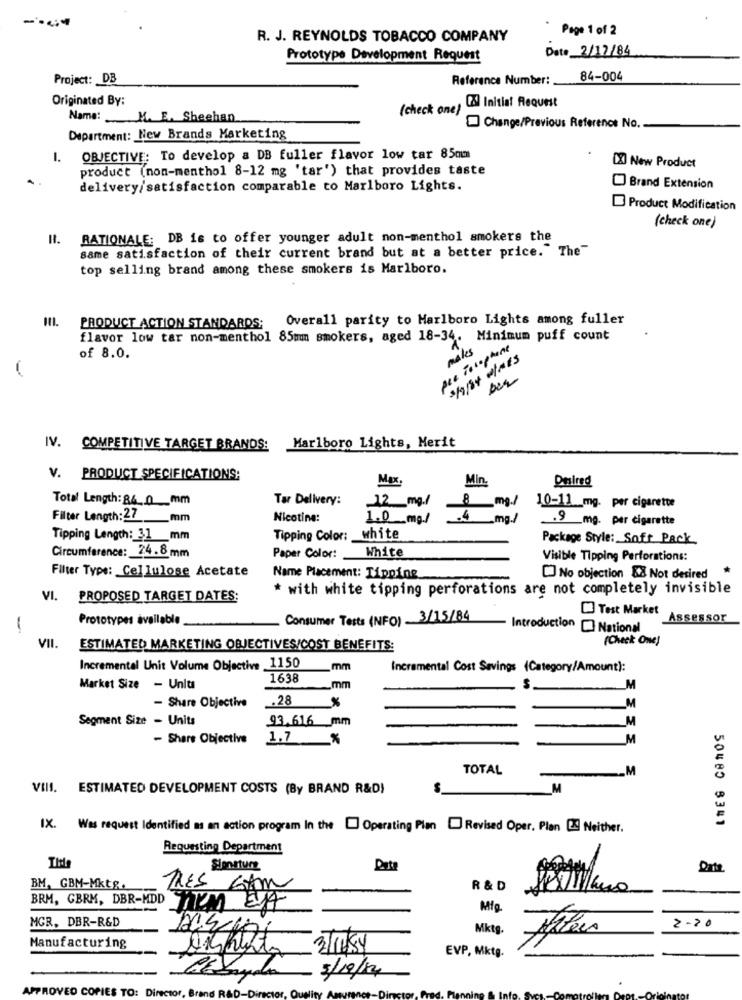
Page 1 of 2
R. J. REYNOLDS TOBACCO COMPANY
Date 2/17/84
Prototype Development Request
Project: DB
Reference Number:
84-004
Originated By:
(check one)
[ Initial Request
Name: M. E. Sheehan
Change/Previous Reference No.
Department: New Brands Marketing
I. OBJECTIVE: To develop a DB fuller flavor low tar 85cm
product (non-menthol 8-12 mg 'tar') that provides taste
[X] New Product
delivery/satisfaction comparable to Marlboro Lights.
Brand Extension
Product Modification
(check one)
RATIONALE: DB is to offer younger adult non-menthol smokers the
same satisfaction of their current brand but at a better price." The"
top selling brand among these smokers is Marlboro.
INI. PRODUCT ACTION STANDARDS; Overall parity to Marlboro Lights among fuller
flavor low tar non-menthol 85mm smokers, aged 18-34. Minimum puff count
pea Pocophone
makes
of 8.0.
IV. COMPETITIVE TARGET BRANDS:
Marlboro Lights, Merit
V. PRODUCT SPECIFICATIONS:
Max
Min.
Desired
Total Length: 84 .. 0_mm
Tar Delivery:
12 mg.l
10-11_mg. per cigarette
Filter Length: 27 __ mm
Nicotine:
1.0 mg/
mg/
.9 mg. per cigarette
Tipping Length: 31 mm
Tipping Color: white
Package Style: Soft Pack
White
Circumference: 24.8mm
Paper Color:
Visible Tipping Perforations:
Filter Type: Cellulose Acetate
Name Placement: Tipping
[] No objection 58 Not desired
* with white tipping perforations are not completely invisible
VI. PROPOSED TARGET DATES:
Test Market
Prototypes available
Consumer Tests (NFO) 3/15/84
Assessor
-
Introduction National
(Check One!
VII.
ESTIMATED MARKETING OBJECTIVES/COST BENEFITS:
Incremental Unit Volume Objective 1150
_mm
Incremental Cost Savings (Category/Amount):
1638
Market Size - Unlus
mm
- Share Objective
.28
_M
Segment Size - Units
93.616 mm
M
- Share Objective
1.7 %
M
TOTAL
__ M
-
VIII. ESTIMATED DEVELOPMENT COSTS (By BRAND R&D)
M
50480 8341
IX.
Was request Identified as an action program In the [ Operating Plan Revised Oper. Plan 29 Neither.
Requesting Department
Slon.sturz
BM, GBM-Mktg.
TRES GAN
R & D
BRM, GBRM, DBR-MDD
MGR, DBR-R&D
Mktg.
2-20
Manufacturing
3/1684
EVP, Mktg.
3/10/14
APPROVED COPIES TO:
D - Din